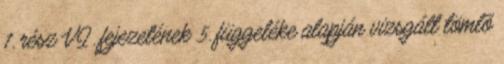
1. rész VI. fejezetének 5. függeléke alapján vizsgált tömlõ